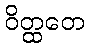
ဝိတ္ထတေ